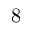
8